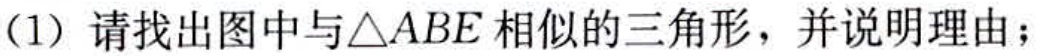
(1) 请找出图中与\(\triangle ABE\)相似的三角形，并说明理由；